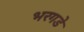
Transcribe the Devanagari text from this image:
भरगडे